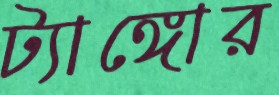
ট্যাঙ্গোর